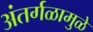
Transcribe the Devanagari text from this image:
अंतर्गळामुळे